Report on vaccination North-West Frontier Province 1904-1922 - 1904-1922
Year: 1904
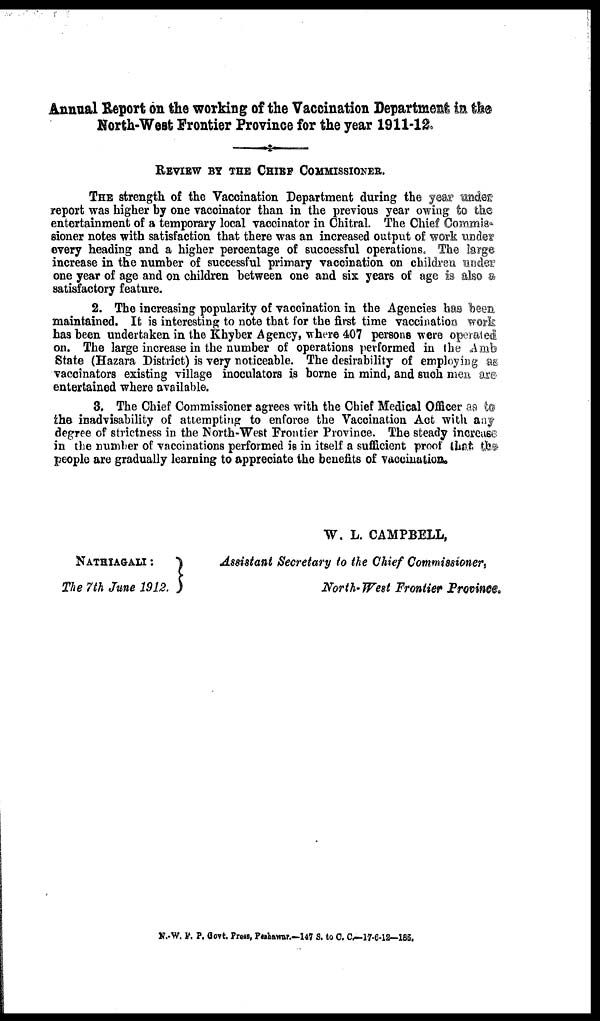
Annual Report on the working of the Vaccination Department in the
North-West Frontier Province for the year 1911-12.
REVIEW BY THE CHIEF COMMISSIONER.
THE strength of the Vaccination Department during the year under
report was higher by one vaccinator than in the previous year owing to the
entertainment of a temporary local vaccinator in Chitral. The Chief Commis¬
sioner notes with satisfaction that there was an increased output of work under
every heading and a higher percentage of successful operations. The large
increase in the number of successful primary vaccination on children under
one year of age and on children between one and six years of age is also a
satisfactory feature.
2. The increasing popularity of vaccination in the Agencies has been
maintained. It is interesting to note that for the first time vaccination work
has been undertaken in the Khyber Agency, where 407 persons were operated
on. The large increase in the number of operations performed in the Amb
State (Hazara District) is very noticeable. The desirability of employing as
vaccinators existing village inoculators is borne in mind, and such men are
entertained where available.
3. The Chief Commissioner agrees with the Chief Medical Officer as to
the inadvisability of attempting to enforce the Vaccination Act with any
degree of strictness in the North-West Frontier Province. The steady increase
in the number of vaccinations performed is in itself a sufficient proof that the
people are gradually learning to appreciate the benefits of vaccination.
NATHIAGALI :
The 7th June 1912.
W. L. CAMPBELL,
Assistant Secretary to the Chief Commissioner,
North' West Frontier Province.